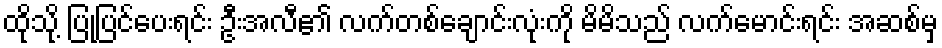
ထိုသို့ ပြုပြင်ပေးရင်း ဦးအလီ၏ လက်တစ်ချောင်းလုံးကို မိမိသည် လက်မောင်းရင်း အဆစ်မှ